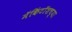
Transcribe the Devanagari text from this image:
मॅकिंटॉशच्या